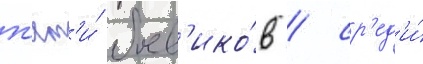
п'ят'и́ боев'ико́в / ср'ед'и́